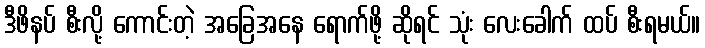
ဒီဖိနပ် စီးလို့ ကောင်းတဲ့ အခြေအနေ ရောက်ဖို့ ဆိုရင် သုံး လေးခေါက် ထပ် စီးရမယ်။